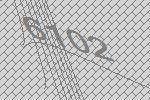
6102